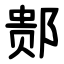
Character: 䣒